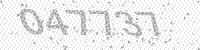
Solution: 047737